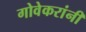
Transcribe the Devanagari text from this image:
गोवेकरांनी